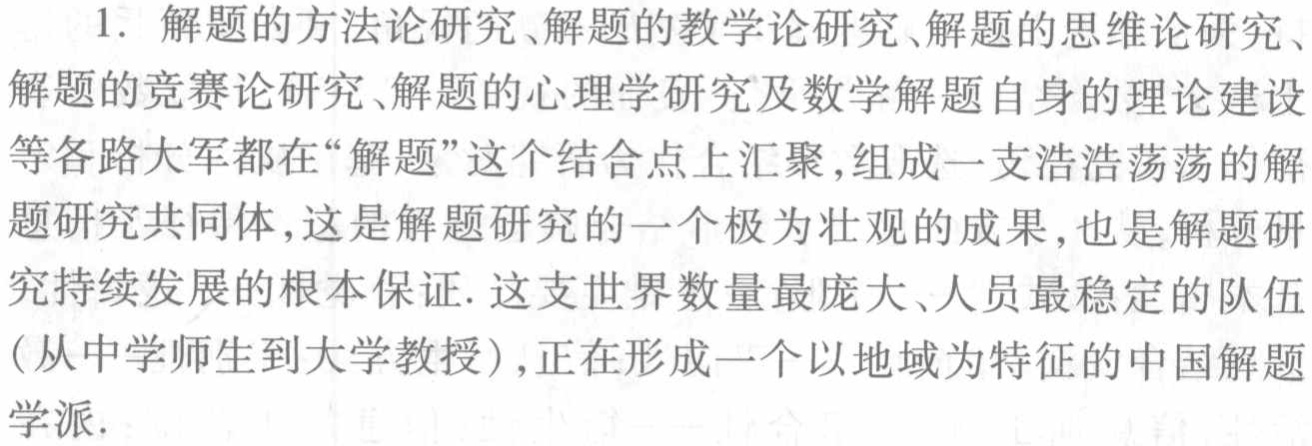
1. 解题的方法论研究、解题的教学论研究、解题的思维论研究、

解题的竞赛论研究、解题的心理学研究及数学解题自身的理论建设

等各路大军都在“解题”这个结合点上汇聚,组成一支浩浩荡荡的解

题研究共同体,这是解题研究的一个极为壮观的成果,也是解题研

究持续发展的根本保证. 这支世界数量最庞大、人员最稳定的队伍

(从中学师生到大学教授),正在形成一个以地域为特征的中国解题

学派.